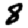
Digit: 8